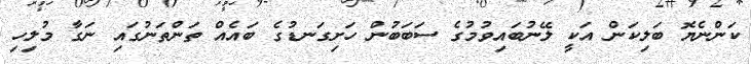
ކަންނެޔޮ ބަލިކަން އަކީ ލޭނުބައިވުމުގެ ސަބަބުން ހަށިގަނޑުގެ ބައެއް ތަންތަނުގައި ނަގާ މުލިހި